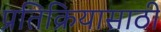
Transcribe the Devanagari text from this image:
प्रतिक्रियासाठी